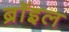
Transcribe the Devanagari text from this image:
ब्रॉइल